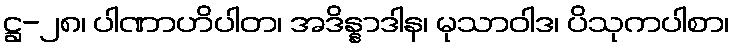
ဋ္ဌ-၂၈၊ ပါဏာဟိပါတ၊ အဒိန္နာဒါန၊ မုသာဝါဒ၊ ပိသုကပါစာ၊